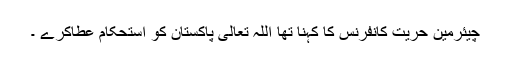
چیئرمین حریت کانفرنس کا کہنا تھا اللہ تعالیٰ پاکستان کو استحکام عطاکرے ۔